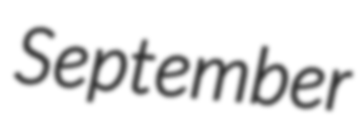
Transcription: September